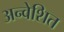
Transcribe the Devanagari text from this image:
अन्वेशित